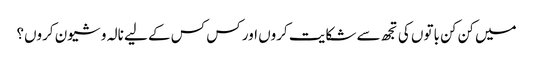
میں کن کن باتوں کی تجھ سے شکایت کروں اور کس کس کے لیے نالہ و شیون کروں؟